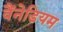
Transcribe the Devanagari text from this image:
वैंनेडियम